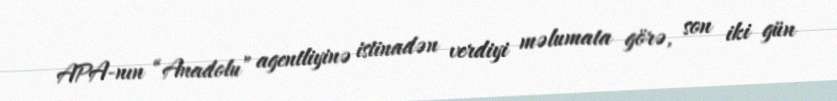
APA-nın “Anadolu” agentliyinə istinadən verdiyi məlumata görə, son iki gün